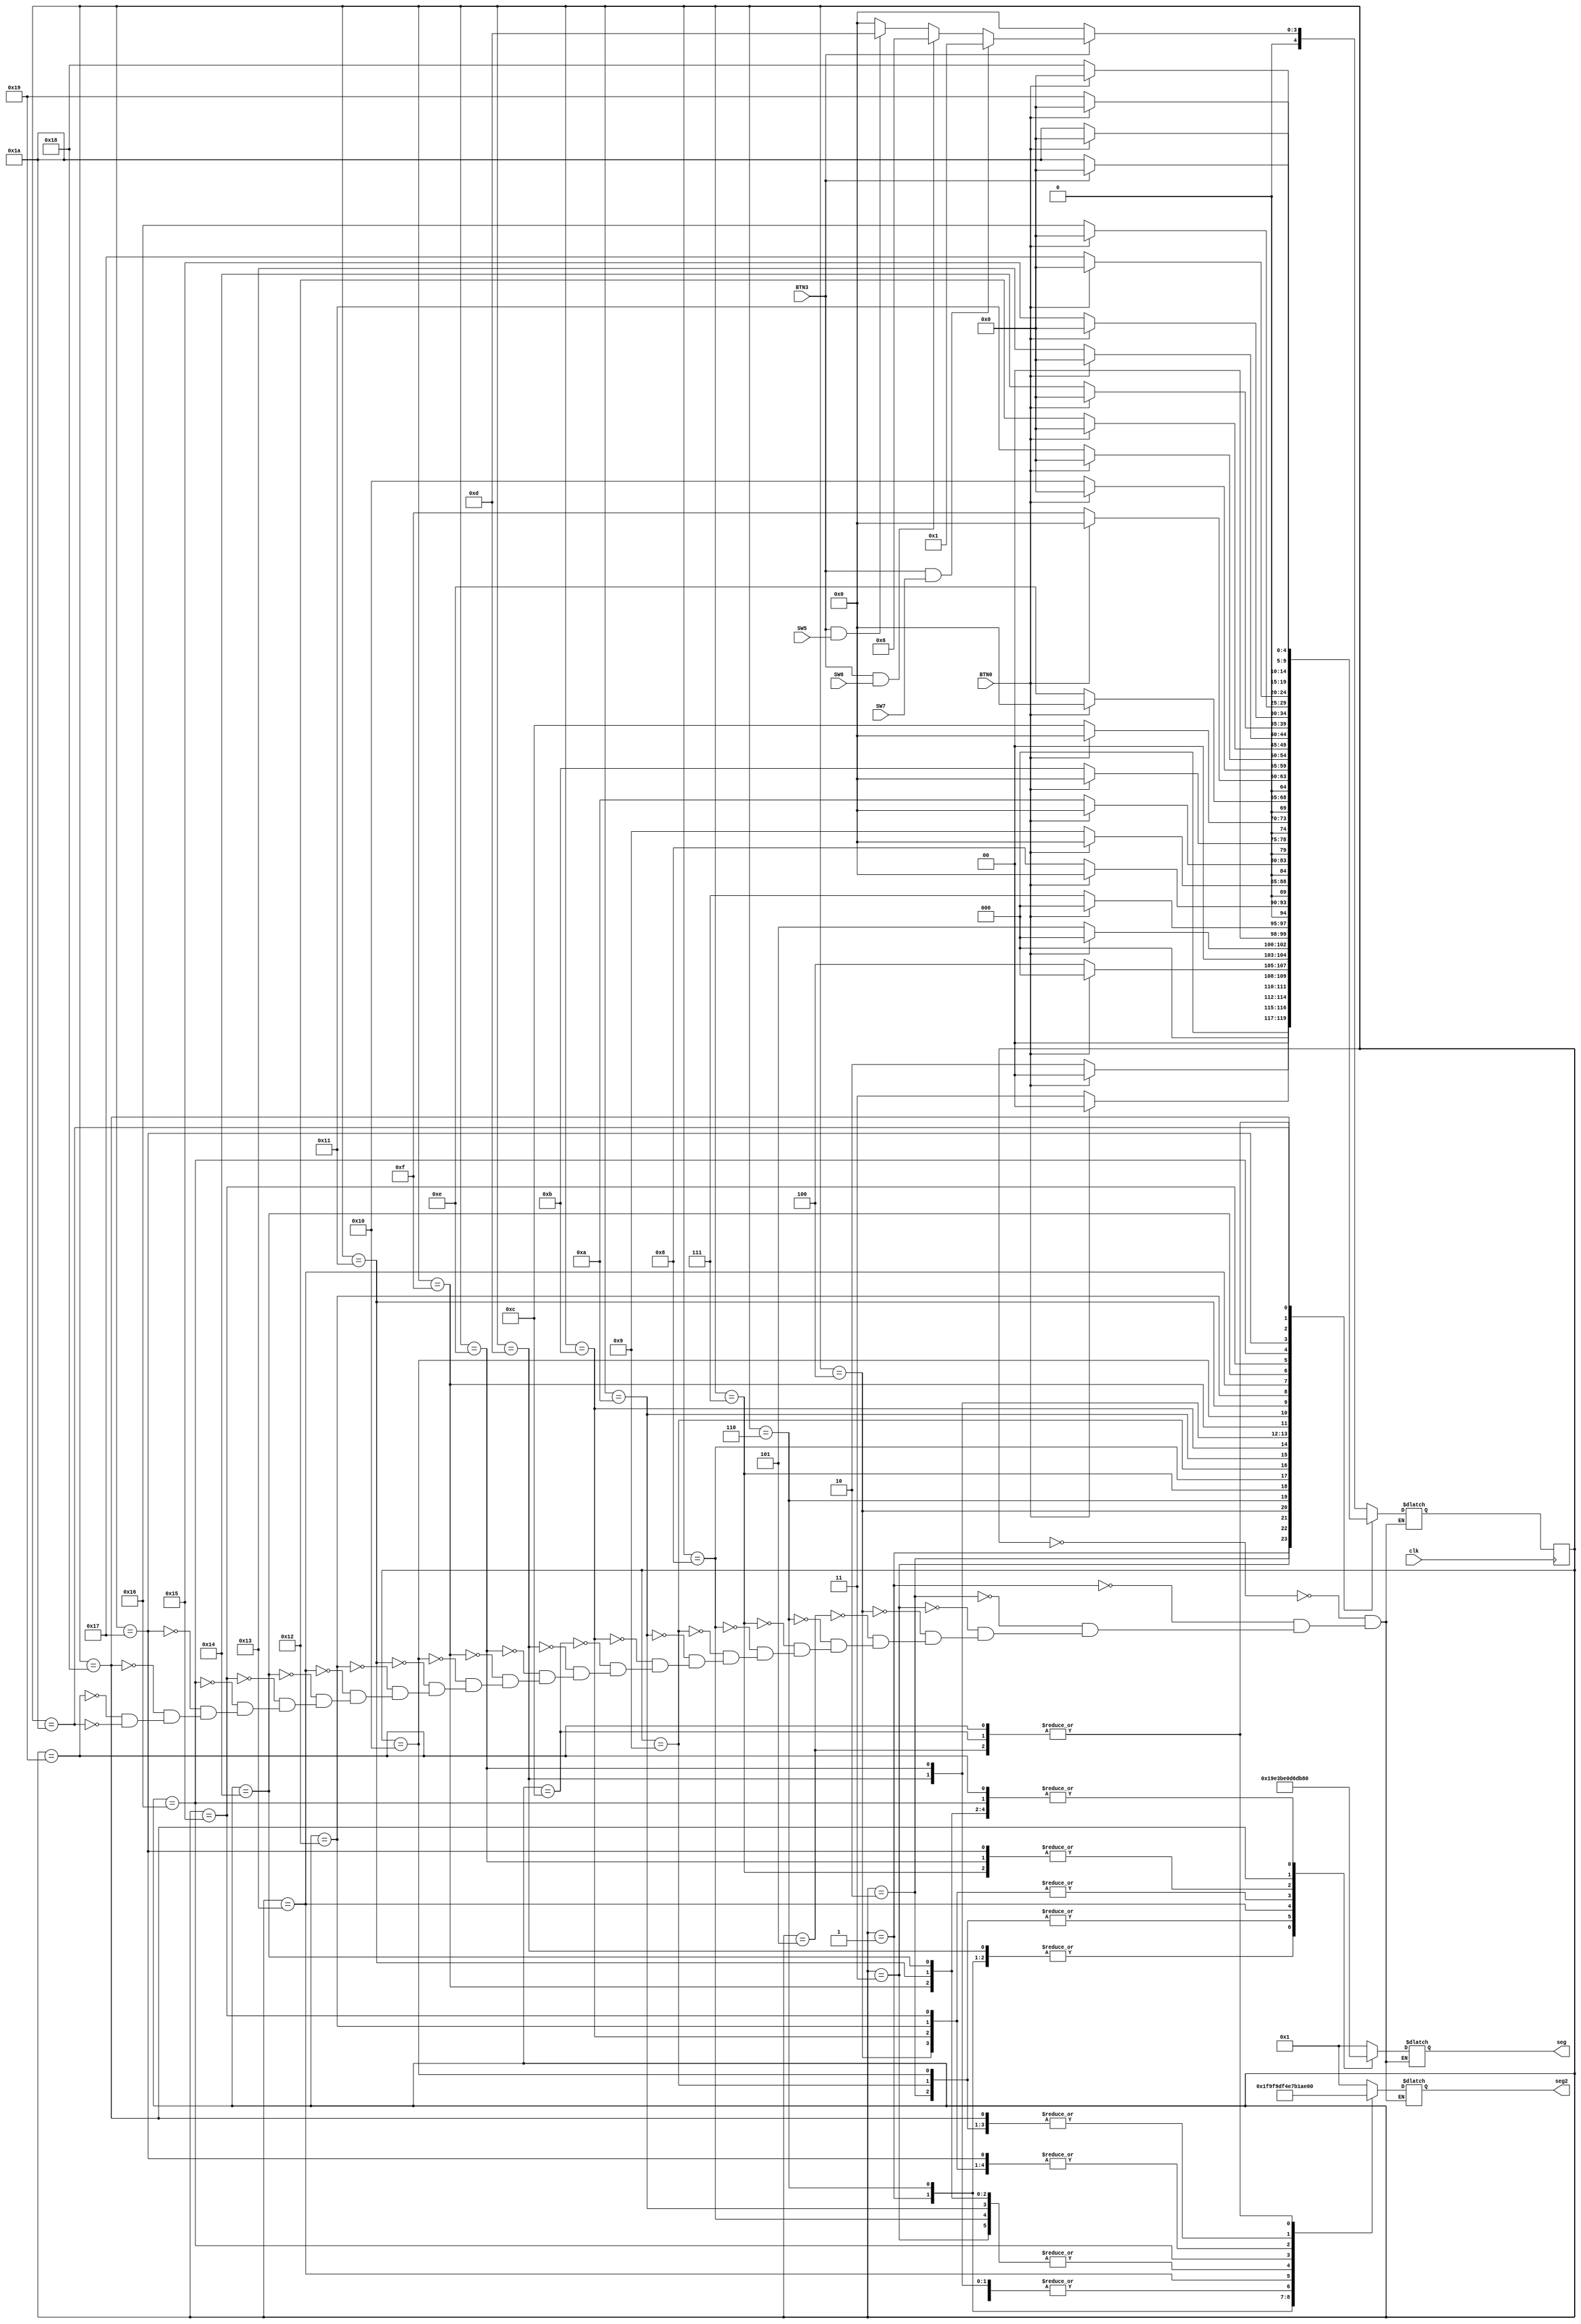
`timescale 1ns / 1ps
//////////////////////////////////////////////////////////////////////////////////
// Company: 
// Engineer: 
// 
// Design Name: 
// Module Name:    Carwash 
// Project Name: 
// Target Devices: 
// Tool versions: 
// Description: 
//
// Dependencies: 
//
// Revision: 
// Revision 0.01 - File Created
// Additional Comments: 
//
//////////////////////////////////////////////////////////////////////////////////
module Carwash(

input BTN3,
input BTN0,
input SW7,
input SW6,
input SW5,
input clk, 

output reg[6:0] seg,
output reg[6:0] seg2
);


parameter state0 = 0, state1 = 1, state2 = 2, state3 = 3, state4 = 4, state5 = 5, state6 = 6, state7 = 7, state8 = 8,
state9 = 9, state10 = 10, state11 = 11, state12 = 12, state13 = 13, state14 = 14, state15 = 15, state16 = 16,
state17 = 17, state18 = 18, state19 = 19, state20 = 20, state21 = 21, state22 = 22,
state23 = 23, state24 = 24, state25 = 25, state26 = 26;
reg [4:0] state, next_st;

always@ (BTN3)
begin: next_state_logic
	
	case(state)
	
	state0: begin  
			if(BTN3 == 0)
			next_st = state0;
			
			else if(BTN3 == 1 && SW7 == 1)
			next_st = state1;
			
			else if(BTN3 == 1 && SW6 == 1)
			next_st = state6;
			
			else if(BTN3 == 1 && SW5 == 1)
			next_st = state13;
			
			
			else
			next_st = state0;
		end
	
	state1: begin

			if (BTN0 == 0  )  //SW7 == 1
			next_st = state2;
	
			else
			next_st = state0;
		
		end
		

	state2: begin
			if ( BTN0 == 0 ) 
			next_st = state3; 
		
			else
			next_st = state0; 
		end

  state3: begin
	    if ( BTN0 == 0 )
	    next_st = state4;
		
		 else
	    next_st = state0;   
		 end
		

state4: begin
	    if ( BTN0 == 0 )
	    next_st = state5;
		
		 else
		next_st = state0; 
		end
		
	state5: begin
		if ( BTN0 == 0 )
		next_st = state26;
		
		else
		next_st = state0;
		end
		
	state6: begin         ///begiinnng of ep
		if(BTN0 == 0 )  //SW6 == 1
		next_st = state7;
		
		else
		next_st = state0;
		end
		
	state7: begin            // ps
      if(BTN0 == 0 )
		next_st = state8;
		
		else
		next_st = state0;
		end
		
	state8: begin            //c
      if(BTN0 == 0 )
		next_st = state9;
		
		else
		next_st = state0;
		end
		
	state9: begin           //sf
      if(BTN0 == 0 )
		next_st = state10;
		
		else
		next_st = state0;
		end
		
	state10: begin                //c
      if(BTN0 == 0 )
		next_st = state11;
		
		else
		next_st = state0;
		end
		
			
	state11: begin            //ri
      if(BTN0 == 0 ) 
		next_st = state12;
		
		else
		next_st = state0;
		end
		
	state12: begin        // 9
      if(BTN0 == 0 ) //checking for pp
		next_st = state26;
		
		else
		next_st = state0;
		end
		
	state13: begin        // pp 
      if(BTN0 == 0 )   //SW5 == 1
		next_st = state14;
		
		else
		next_st = state0;
		end
		
	state14: begin        // ps
      if(BTN0 == 0 ) 
		next_st = state15;
		
		else
		next_st = state0;
		end
		
	state15: begin        // c
      if(BTN0 == 0) 
		next_st = state16;
		
		else
		next_st = state0;
		end
		
	state16: begin        // sf
      if(BTN0 == 0 ) 
		next_st = state17;
		
		else
		next_st = state0;
		end
		
	state17: begin        // c
      if(BTN0 == 0 ) 
		next_st = state18;
		
		else
		next_st = state0;
		end
		
	state18: begin        // ri
      if(BTN0 == 0 ) 
		next_st = state19;
		
		else
		next_st = state0;
		end
		
	state19: begin        // uu
      if(BTN0 == 0 ) 
		next_st = state20;
		
		else
		next_st = state0;
		end
		
	state20: begin        // c
      if(BTN0 == 0 ) 
		next_st = state21;
		
		else
		next_st = state0;
		end
		
	state21: begin        // ri
      if(BTN0 == 0) 
		next_st = state22;
		
		else
		next_st = state0;
		end
		
	state22: begin        // d
      if(BTN0 == 0 ) 
		next_st = state23;
		
		else
		next_st = state0;
		end
		
	state23: begin        // rs
      if(BTN0 == 0 ) 
		next_st = state24;
		
		else
		next_st = state0;
		end
		
	state24: begin        // sh
      if(BTN0 == 0 ) 
		next_st = state25;
		
		else
		next_st = state0;
		end
		
	state25: begin        // 9
      if(BTN0 == 0) 
		next_st = state26;
		
		else
		next_st = state0;
		end
		
	state26: begin //idle
		if(BTN3 == 0) //SW7 == 1
		next_st = state26;
		
	//	else if(BTN3 == 0 && SW6 == 1)
	//	next_st = state26;
		
	//	else if(BTN3 == 0 && SW5 == 1)
	//	next_st = state26;
		
		else if(BTN3 == 1) //money reset
		next_st = state0;
		end
//default : next_st = state0;
		
	endcase
end

always@ (posedge clk)
begin
	state = next_st;
	end

always @ (state)
begin : output_logic
	case(state)
		
		state0 : begin
		seg2 =  7'b0000001;    // IDLE STATE WITH NO MONEY 
		seg =   7'b0000001;    //
		end
		
		state1 : begin
		seg2 =  7'b0011111;    // B seg2 is segment display 1
		seg =   7'b1100111;    // P
		end						
		
		state2 : begin
		seg2 =  7'B1011011;   // S
		seg =   7'b1000111;    // F
		end 
		
		state3: begin
		seg2 = 7'b1001110; //c
		seg  = 7'b0000000;//blank
		end
		
		state4: begin
		seg =  7'b0000110;// i
		seg2 = 7'b1000110; //r
		end
		
		state5: begin
		seg =  7'b0000000; // 
		seg2 = 7'b1110011; //   9
		end
		
		state6: begin
		seg2 =  7'b1001111; // E
		seg =   7'b1100111;    // P
		end
		
		state7: begin
		seg2 =  7'b1100111; // p
		seg = 7'B1011011; //s
		end
		
		state8: begin
		seg =  7'b0000000; // 
		seg2 = 7'b1001110; //c		
		end
		
		state9: begin
		seg2 =  7'B1011011;   // S
		seg =   7'b1000111;    // F
		end 
		
		state10: begin
		seg2 = 7'b1001110; //c
		seg  = 7'b0000000;//blank
		end
		
		state11: begin
		seg =  7'b0000110;// i
		seg2 = 7'b1000110; //r
		end
		
		state12: begin 
		seg =  7'b0000000; // 
		seg2 = 7'b1110011; //   9
		end
		
		state13: begin                            //begin pp
		seg2 =  7'b1100111; // p
		seg =  7'b1100111; // p
		end
		
		state14: begin                           
		seg2 =  7'b1100111; // p
		seg =  7'b1011011; // s
		end
		
		state15: begin                           
		seg2 =  7'b1001110; //c
		seg =   7'b0000000; // blank
		end
		
		state16: begin                           
		seg2 =  7'B1011011;   // S
		seg =   7'b1000111;    // F
		end
		
		state17: begin                           
		seg2 =  7'b1001110; //c
		seg =   7'b0000000; // blank
		end
		
		state18: begin                           
		seg =  7'b0000110;// i
		seg2 = 7'b1000110; //r
		end
		
		state19: begin                           
		seg2 =  7'b0111110; // u
		seg =  7'b0111110; // u
		end
		
		state20: begin                           
		seg2 =  7'b1001110; //c
		seg =   7'b0000000; // blank
		end
		
		state21: begin                           
		seg =  7'b0000110;// i
		seg2 = 7'b1000110; //r
		end
		
		state22: begin                           
		seg2 =  7'b0111101; // d
		seg =  7'b0000000; // blank
		end
		
		state23: begin                           
		seg2 =  7'b1000110; //r 
		seg =  7'b1011011; // s
		end
		
		state24: begin                           
		seg2 =  7'b1011011; // s
		seg =   7'b0110111; // H
		end
		
		state25: begin
		seg =  7'b0000000; // 
		seg2 = 7'b1110011; //   9
		end
		
		state26: begin
		seg2 =  7'b0000001;    // IDLE STATE WITH NO MONEY 
		seg =   7'b0000001;    //
		end
		
		
		
		
		
		
		
		
		
		
	endcase
end	
 endmodule